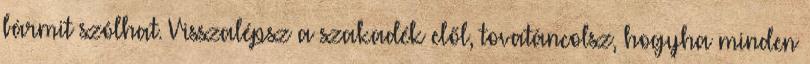
bármit szólhat. Visszalépsz a szakadék elől, tovatáncolsz, hogyha minden